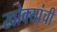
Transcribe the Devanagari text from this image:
खोक्यांची